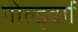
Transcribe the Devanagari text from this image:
गोल्ड्बर्ग